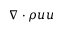
\nabla \cdot \rho u u